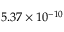
5 . 3 7 \times 1 0 ^ { - 1 0 }